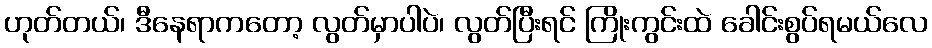
ဟုတ်တယ်၊ ဒီနေရာကတော့ လွတ်မှာပါပဲ၊ လွတ်ပြီးရင် ကြိုးကွင်းထဲ ခေါင်းစွပ်ရမယ်လေ